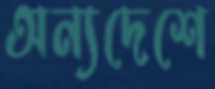
অন্যদেশে